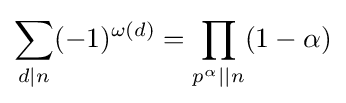
\sum _{d\mid n}(-1)^{\omega (d)}=\prod \limits _{p^{\alpha }||n}(1-\alpha )